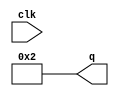
module test(input clk,output reg [3:0]q);
  assign q=4'b0010;
   always@(posedge clk)
     if(q<10)
		 q=q+1;
		 
endmodule